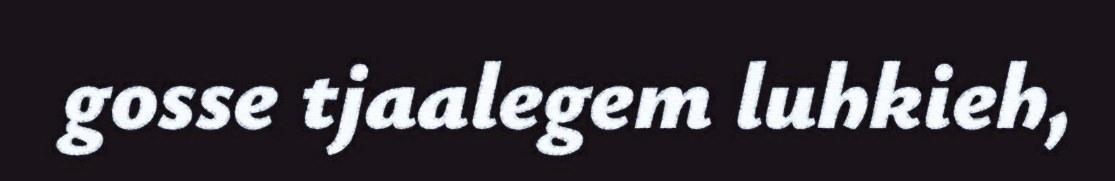
gosse tjaalegem luhkieh,